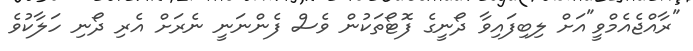
"ރާއްޖެއެމްވީ"އަށް ލިބިފައިވާ ދޯނީގެ ފޮޓޯތަކުން ވެސް ފެންނަނީ ނެރަށް އެރި ދޯނި ހަލާކުވެ